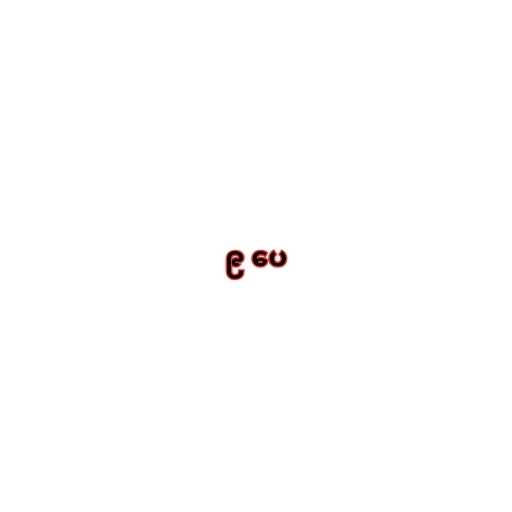
၉ ပေ